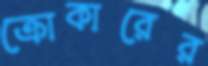
ক্রোকারের